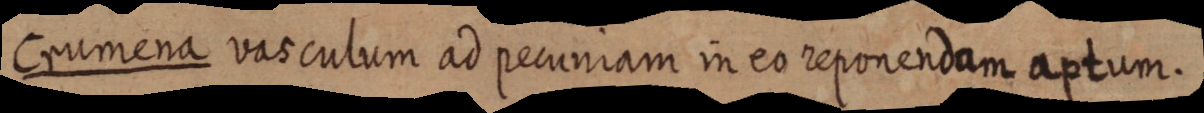
Crumena vasculum ad pecuniam in eo reponendam aptum.